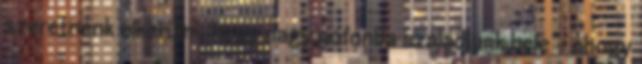
szeretnénk elkerülni, hogy nagy pofonba szaladjunk bele – ahogy